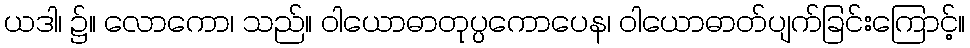
ယဒါ၊ ၌။ လောကော၊ သည်။ ဝါယောဓာတုပ္ပကောပေန၊ ဝါယောဓာတ်ပျက်ခြင်းကြောင့်။